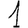
Digit: 1